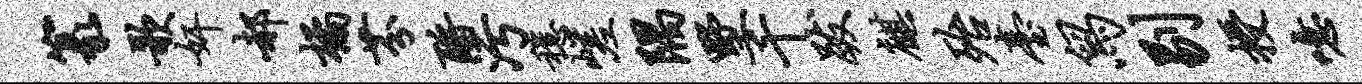
篆歌奸郝橘芬酹污稳嵯隅墅千跋麒殆台舄剔授噫